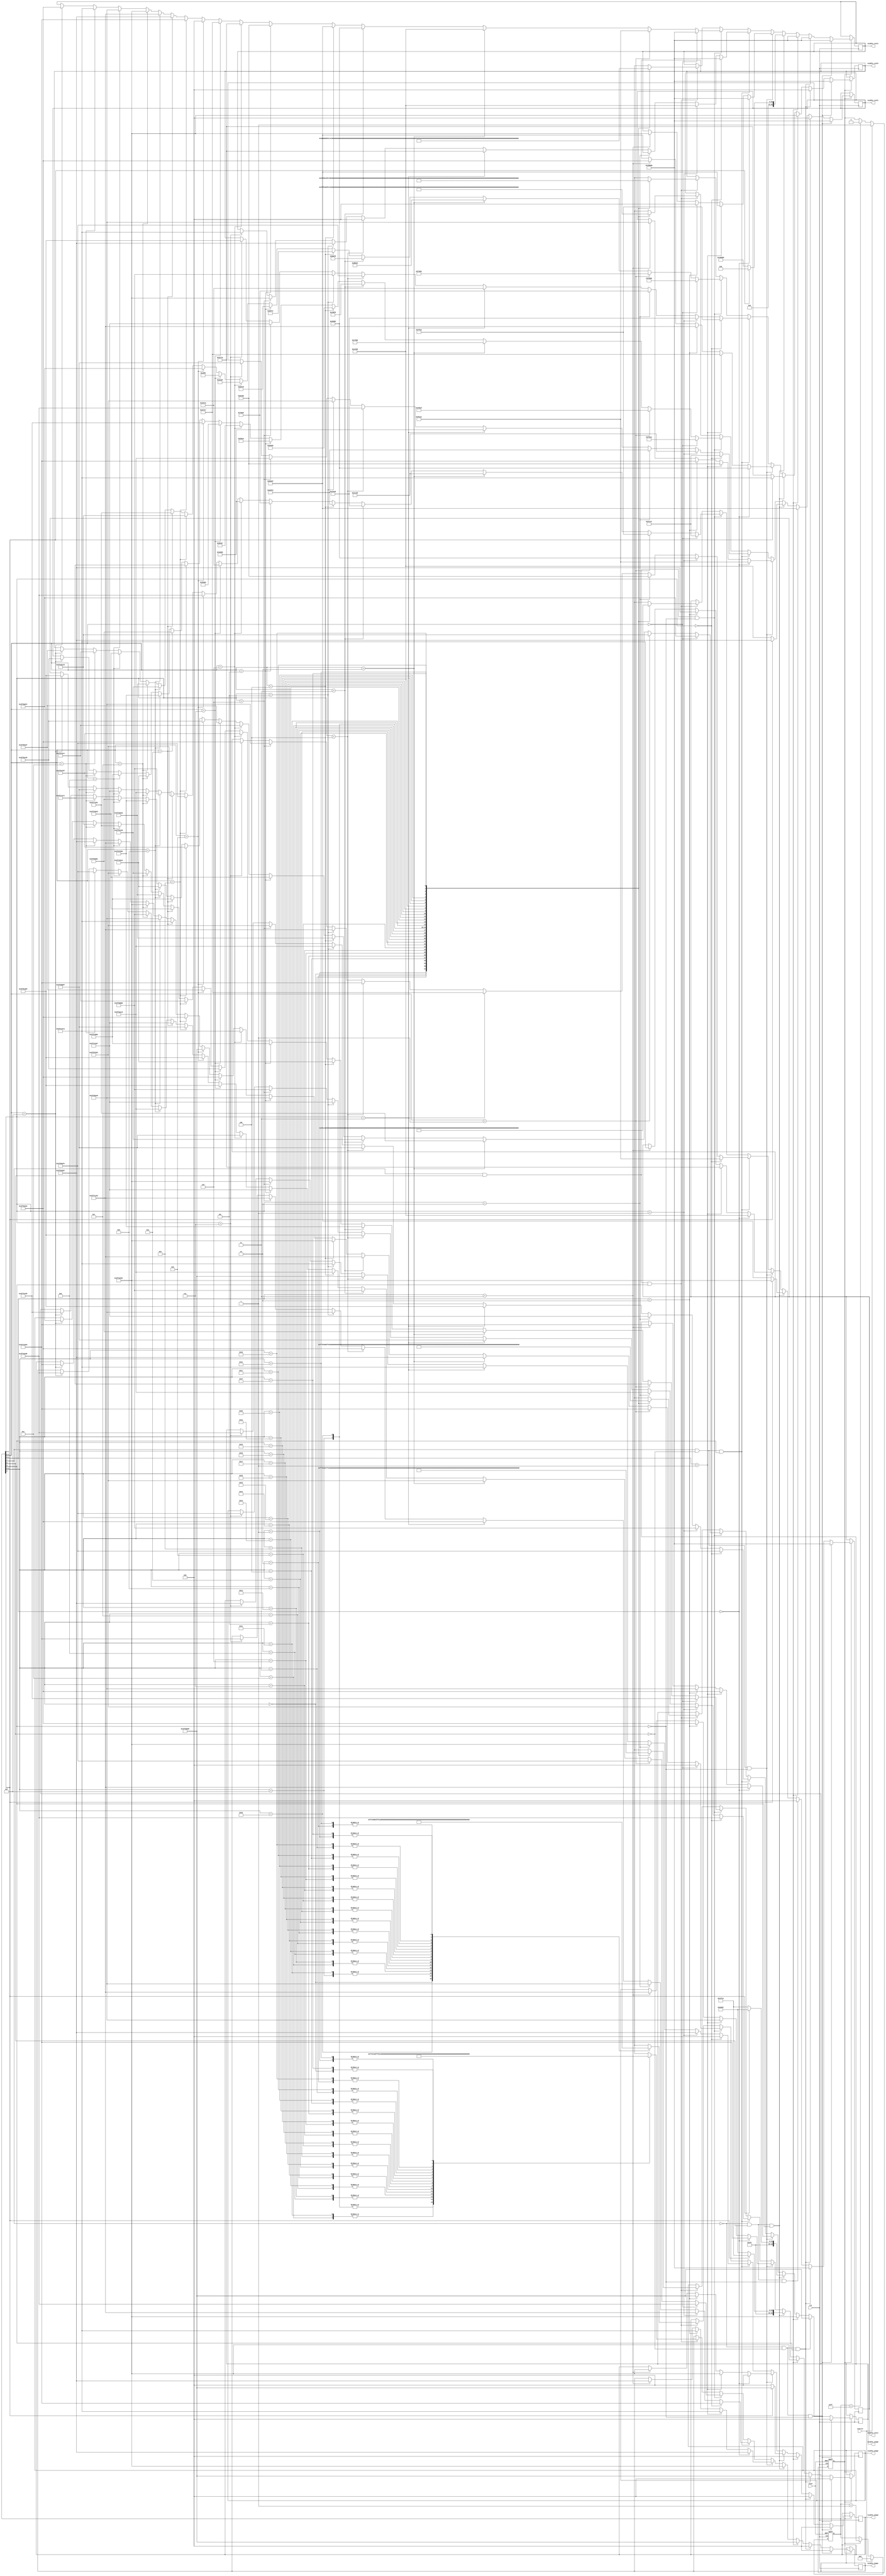
module twiddle_engine(twiddle_real3,twiddle_real2,twiddle_real1,twiddle_real0,twiddle_imag3,twiddle_imag2,twiddle_imag1,twiddle_imag0,clk,reset,startin);
parameter totalbits=30;
input clk,reset,startin;
output reg signed [totalbits-1:0]twiddle_real3,twiddle_real2,twiddle_real1,twiddle_real0,twiddle_imag3,twiddle_imag2,twiddle_imag1,twiddle_imag0;
reg en;
reg [7:0]count;
reg signed [totalbits-1:0]twiddle_real_in[0:127];
reg signed [totalbits-1:0]twiddle_imag_in[0:127];

//Enabling signal for startin=1 and disabling it after 256 clk cycles
always@(posedge clk or posedge reset) begin
if(reset) en<=1'b0;
else if(startin==1) en<=1'b1;
else if(count==8'd255) en<=1'b0;
else en<=en;
end

//Counter for disabling after 256 clk cycles
always@(posedge clk or posedge reset) begin
if(reset) count<=8'd0;
else if(startin) count<= 8'd0;
else begin if(en) count <= count+1'b1;
	   else   count<=count;  end
end

always@(posedge clk) begin
if (en) begin
if((!count[7])&&(!count[6])&&(!count[5])) begin
twiddle_real3<=twiddle_real_in[0]; twiddle_real2<=twiddle_real_in[0]; twiddle_real1<=twiddle_real_in[0]; twiddle_real0<=twiddle_real_in[0]; 
twiddle_imag3<=twiddle_imag_in[0]; twiddle_imag2<=twiddle_imag_in[0]; twiddle_imag1<=twiddle_imag_in[0]; twiddle_imag0<=twiddle_imag_in[0];
end //end for 000
 
else if((!count[7])&&(!count[6])&&(count[5])) begin
twiddle_real3<=twiddle_real_in[0]; twiddle_real2<=twiddle_real_in[64]; twiddle_real1<=twiddle_real_in[0]; twiddle_real0<=twiddle_real_in[64]; 
twiddle_imag3<=twiddle_imag_in[0]; twiddle_imag2<=twiddle_imag_in[64]; twiddle_imag1<=twiddle_imag_in[0]; twiddle_imag0<=twiddle_imag_in[64];
end //end for 001

else if((!count[7])&&(count[6])&&(!count[5])) begin
twiddle_real3<=twiddle_real_in[0]; twiddle_real2<=twiddle_real_in[32]; twiddle_real1<=twiddle_real_in[64]; twiddle_real0<=twiddle_real_in[96]; 
twiddle_imag3<=twiddle_imag_in[0]; twiddle_imag2<=twiddle_imag_in[32]; twiddle_imag1<=twiddle_imag_in[64]; twiddle_imag0<=twiddle_imag_in[96];
end //end for 010

else if((!count[7])&&(count[6])&&(count[5])) begin

if(count[0]==0) begin
twiddle_real3<=twiddle_real_in[0]; twiddle_real2<=twiddle_real_in[16]; twiddle_real1<=twiddle_real_in[32]; twiddle_real0<=twiddle_real_in[48]; 
twiddle_imag3<=twiddle_imag_in[0]; twiddle_imag2<=twiddle_imag_in[16]; twiddle_imag1<=twiddle_imag_in[32]; twiddle_imag0<=twiddle_imag_in[48];
end// end for even terms

if(count[0]==1) begin
twiddle_real3<=twiddle_real_in[64]; twiddle_real2<=twiddle_real_in[80]; twiddle_real1<=twiddle_real_in[96]; twiddle_real0<=twiddle_real_in[112]; 
twiddle_imag3<=twiddle_imag_in[64]; twiddle_imag2<=twiddle_imag_in[80]; twiddle_imag1<=twiddle_imag_in[96]; twiddle_imag0<=twiddle_imag_in[112];
end// end for odd terms

end //end for 011

else if((count[7])&&(!count[6])&&(!count[5])) begin

if(count[1:0]==2'b00) begin
twiddle_real3<=twiddle_real_in[0]; twiddle_real2<=twiddle_real_in[8]; twiddle_real1<=twiddle_real_in[16]; twiddle_real0<=twiddle_real_in[24]; 
twiddle_imag3<=twiddle_imag_in[0]; twiddle_imag2<=twiddle_imag_in[8]; twiddle_imag1<=twiddle_imag_in[16]; twiddle_imag0<=twiddle_imag_in[24];
end// end for 00

else if(count[1:0]==2'b01) begin
twiddle_real3<=twiddle_real_in[32]; twiddle_real2<=twiddle_real_in[40]; twiddle_real1<=twiddle_real_in[48]; twiddle_real0<=twiddle_real_in[56]; 
twiddle_imag3<=twiddle_imag_in[32]; twiddle_imag2<=twiddle_imag_in[40]; twiddle_imag1<=twiddle_imag_in[48]; twiddle_imag0<=twiddle_imag_in[56];
end// end for 01

else if(count[1:0]==2'b10) begin
twiddle_real3<=twiddle_real_in[64]; twiddle_real2<=twiddle_real_in[72]; twiddle_real1<=twiddle_real_in[80]; twiddle_real0<=twiddle_real_in[88]; 
twiddle_imag3<=twiddle_imag_in[64]; twiddle_imag2<=twiddle_imag_in[72]; twiddle_imag1<=twiddle_imag_in[80]; twiddle_imag0<=twiddle_imag_in[88];
end// end for 10

else if(count[1:0]==2'b11) begin
twiddle_real3<=twiddle_real_in[96]; twiddle_real2<=twiddle_real_in[104]; twiddle_real1<=twiddle_real_in[112]; twiddle_real0<=twiddle_real_in[120]; 
twiddle_imag3<=twiddle_imag_in[96]; twiddle_imag2<=twiddle_imag_in[104]; twiddle_imag1<=twiddle_imag_in[112]; twiddle_imag0<=twiddle_imag_in[120];
end// end for 11
end //end for 100

else if((count[7])&&(!count[6])&&(count[5])) begin

if(count[2:0]==3'b000) begin
twiddle_real3<=twiddle_real_in[0]; twiddle_real2<=twiddle_real_in[4]; twiddle_real1<=twiddle_real_in[8]; twiddle_real0<=twiddle_real_in[12]; 
twiddle_imag3<=twiddle_imag_in[0]; twiddle_imag2<=twiddle_imag_in[4]; twiddle_imag1<=twiddle_imag_in[8]; twiddle_imag0<=twiddle_imag_in[12];
end// end for 000

else if(count[2:0]==3'b001) begin
twiddle_real3<=twiddle_real_in[16]; twiddle_real2<=twiddle_real_in[20]; twiddle_real1<=twiddle_real_in[24]; twiddle_real0<=twiddle_real_in[28]; 
twiddle_imag3<=twiddle_imag_in[16]; twiddle_imag2<=twiddle_imag_in[20]; twiddle_imag1<=twiddle_imag_in[24]; twiddle_imag0<=twiddle_imag_in[28];
end// end for 001

else if(count[2:0]==3'b010) begin
twiddle_real3<=twiddle_real_in[32]; twiddle_real2<=twiddle_real_in[36]; twiddle_real1<=twiddle_real_in[40]; twiddle_real0<=twiddle_real_in[44]; 
twiddle_imag3<=twiddle_imag_in[32]; twiddle_imag2<=twiddle_imag_in[36]; twiddle_imag1<=twiddle_imag_in[40]; twiddle_imag0<=twiddle_imag_in[44];
end// end for 010

else if(count[2:0]==3'b011) begin
twiddle_real3<=twiddle_real_in[48]; twiddle_real2<=twiddle_real_in[52]; twiddle_real1<=twiddle_real_in[56]; twiddle_real0<=twiddle_real_in[60]; 
twiddle_imag3<=twiddle_imag_in[48]; twiddle_imag2<=twiddle_imag_in[52]; twiddle_imag1<=twiddle_imag_in[56]; twiddle_imag0<=twiddle_imag_in[60];
end// end for 011

else if(count[2:0]==3'b100) begin
twiddle_real3<=twiddle_real_in[64]; twiddle_real2<=twiddle_real_in[68]; twiddle_real1<=twiddle_real_in[72]; twiddle_real0<=twiddle_real_in[76]; 
twiddle_imag3<=twiddle_imag_in[64]; twiddle_imag2<=twiddle_imag_in[68]; twiddle_imag1<=twiddle_imag_in[72]; twiddle_imag0<=twiddle_imag_in[76];
end// end for 100

else if(count[2:0]==3'b101) begin
twiddle_real3<=twiddle_real_in[80]; twiddle_real2<=twiddle_real_in[84]; twiddle_real1<=twiddle_real_in[88]; twiddle_real0<=twiddle_real_in[92]; 
twiddle_imag3<=twiddle_imag_in[80]; twiddle_imag2<=twiddle_imag_in[84]; twiddle_imag1<=twiddle_imag_in[88]; twiddle_imag0<=twiddle_imag_in[92];
end// end for 101

else if(count[2:0]==3'b110) begin
twiddle_real3<=twiddle_real_in[96]; twiddle_real2<=twiddle_real_in[100]; twiddle_real1<=twiddle_real_in[104]; twiddle_real0<=twiddle_real_in[108]; 
twiddle_imag3<=twiddle_imag_in[96]; twiddle_imag2<=twiddle_imag_in[100]; twiddle_imag1<=twiddle_imag_in[104]; twiddle_imag0<=twiddle_imag_in[108];
end// end for 110

else if(count[2:0]==3'b111) begin
twiddle_real3<=twiddle_real_in[112]; twiddle_real2<=twiddle_real_in[116]; twiddle_real1<=twiddle_real_in[120]; twiddle_real0<=twiddle_real_in[124]; 
twiddle_imag3<=twiddle_imag_in[112]; twiddle_imag2<=twiddle_imag_in[116]; twiddle_imag1<=twiddle_imag_in[120]; twiddle_imag0<=twiddle_imag_in[124];
end// end for 111
end //end for 101

else if((count[7])&&(count[6])&&(!count[5])) begin

if(count[3:0]==4'b0000) begin
twiddle_real3<=twiddle_real_in[0]; twiddle_real2<=twiddle_real_in[2]; twiddle_real1<=twiddle_real_in[4]; twiddle_real0<=twiddle_real_in[6]; 
twiddle_imag3<=twiddle_imag_in[0]; twiddle_imag2<=twiddle_imag_in[2]; twiddle_imag1<=twiddle_imag_in[4]; twiddle_imag0<=twiddle_imag_in[6];
end// end for 0000

else if(count[3:0]==4'b0001) begin
twiddle_real3<=twiddle_real_in[8]; twiddle_real2<=twiddle_real_in[10]; twiddle_real1<=twiddle_real_in[12]; twiddle_real0<=twiddle_real_in[14]; 
twiddle_imag3<=twiddle_imag_in[8]; twiddle_imag2<=twiddle_imag_in[10]; twiddle_imag1<=twiddle_imag_in[12]; twiddle_imag0<=twiddle_imag_in[14];
end// end for 0001

else if(count[3:0]==4'b0010) begin
twiddle_real3<=twiddle_real_in[16]; twiddle_real2<=twiddle_real_in[18]; twiddle_real1<=twiddle_real_in[20]; twiddle_real0<=twiddle_real_in[22]; 
twiddle_imag3<=twiddle_imag_in[16]; twiddle_imag2<=twiddle_imag_in[18]; twiddle_imag1<=twiddle_imag_in[20]; twiddle_imag0<=twiddle_imag_in[22];
end// end for 0010

else if(count[3:0]==4'b0011) begin
twiddle_real3<=twiddle_real_in[24]; twiddle_real2<=twiddle_real_in[26]; twiddle_real1<=twiddle_real_in[28]; twiddle_real0<=twiddle_real_in[30]; 
twiddle_imag3<=twiddle_imag_in[24]; twiddle_imag2<=twiddle_imag_in[26]; twiddle_imag1<=twiddle_imag_in[28]; twiddle_imag0<=twiddle_imag_in[30];
end// end for 0011

else if(count[3:0]==4'b0100) begin
twiddle_real3<=twiddle_real_in[32]; twiddle_real2<=twiddle_real_in[34]; twiddle_real1<=twiddle_real_in[36]; twiddle_real0<=twiddle_real_in[38]; 
twiddle_imag3<=twiddle_imag_in[32]; twiddle_imag2<=twiddle_imag_in[34]; twiddle_imag1<=twiddle_imag_in[36]; twiddle_imag0<=twiddle_imag_in[38];
end// end for 0100

else if(count[3:0]==4'b0101) begin
twiddle_real3<=twiddle_real_in[40]; twiddle_real2<=twiddle_real_in[42]; twiddle_real1<=twiddle_real_in[44]; twiddle_real0<=twiddle_real_in[46]; 
twiddle_imag3<=twiddle_imag_in[40]; twiddle_imag2<=twiddle_imag_in[42]; twiddle_imag1<=twiddle_imag_in[44]; twiddle_imag0<=twiddle_imag_in[46];
end// end for 0101

else if(count[3:0]==4'b0110) begin
twiddle_real3<=twiddle_real_in[48]; twiddle_real2<=twiddle_real_in[50]; twiddle_real1<=twiddle_real_in[52]; twiddle_real0<=twiddle_real_in[54]; 
twiddle_imag3<=twiddle_imag_in[48]; twiddle_imag2<=twiddle_imag_in[50]; twiddle_imag1<=twiddle_imag_in[52]; twiddle_imag0<=twiddle_imag_in[54];
end// end for 0110

else if(count[3:0]==4'b0111) begin
twiddle_real3<=twiddle_real_in[56]; twiddle_real2<=twiddle_real_in[58]; twiddle_real1<=twiddle_real_in[60]; twiddle_real0<=twiddle_real_in[62]; 
twiddle_imag3<=twiddle_imag_in[56]; twiddle_imag2<=twiddle_imag_in[58]; twiddle_imag1<=twiddle_imag_in[60]; twiddle_imag0<=twiddle_imag_in[62];
end// end for 0111

else if(count[3:0]==4'b1000) begin
twiddle_real3<=twiddle_real_in[64]; twiddle_real2<=twiddle_real_in[66]; twiddle_real1<=twiddle_real_in[68]; twiddle_real0<=twiddle_real_in[70]; 
twiddle_imag3<=twiddle_imag_in[64]; twiddle_imag2<=twiddle_imag_in[66]; twiddle_imag1<=twiddle_imag_in[68]; twiddle_imag0<=twiddle_imag_in[70];
end// end for 1000

else if(count[3:0]==4'b1001) begin
twiddle_real3<=twiddle_real_in[72]; twiddle_real2<=twiddle_real_in[74]; twiddle_real1<=twiddle_real_in[76]; twiddle_real0<=twiddle_real_in[78]; 
twiddle_imag3<=twiddle_imag_in[72]; twiddle_imag2<=twiddle_imag_in[74]; twiddle_imag1<=twiddle_imag_in[76]; twiddle_imag0<=twiddle_imag_in[78];
end// end for 1001

else if(count[3:0]==4'b1010) begin
twiddle_real3<=twiddle_real_in[80]; twiddle_real2<=twiddle_real_in[82]; twiddle_real1<=twiddle_real_in[84]; twiddle_real0<=twiddle_real_in[86]; 
twiddle_imag3<=twiddle_imag_in[80]; twiddle_imag2<=twiddle_imag_in[82]; twiddle_imag1<=twiddle_imag_in[84]; twiddle_imag0<=twiddle_imag_in[86];
end// end for 1010

else if(count[3:0]==4'b1011) begin
twiddle_real3<=twiddle_real_in[88]; twiddle_real2<=twiddle_real_in[90]; twiddle_real1<=twiddle_real_in[92]; twiddle_real0<=twiddle_real_in[94]; 
twiddle_imag3<=twiddle_imag_in[88]; twiddle_imag2<=twiddle_imag_in[90]; twiddle_imag1<=twiddle_imag_in[92]; twiddle_imag0<=twiddle_imag_in[94];
end// end for 1011

else if(count[3:0]==4'b1100) begin
twiddle_real3<=twiddle_real_in[96]; twiddle_real2<=twiddle_real_in[98]; twiddle_real1<=twiddle_real_in[100]; twiddle_real0<=twiddle_real_in[102]; 
twiddle_imag3<=twiddle_imag_in[96]; twiddle_imag2<=twiddle_imag_in[98]; twiddle_imag1<=twiddle_imag_in[100]; twiddle_imag0<=twiddle_imag_in[102];
end// end for 1100

else if(count[3:0]==4'b1101) begin
twiddle_real3<=twiddle_real_in[104]; twiddle_real2<=twiddle_real_in[106]; twiddle_real1<=twiddle_real_in[108]; twiddle_real0<=twiddle_real_in[110]; 
twiddle_imag3<=twiddle_imag_in[104]; twiddle_imag2<=twiddle_imag_in[106]; twiddle_imag1<=twiddle_imag_in[108]; twiddle_imag0<=twiddle_imag_in[110];
end// end for 1101

else if(count[3:0]==4'b1110) begin
twiddle_real3<=twiddle_real_in[112]; twiddle_real2<=twiddle_real_in[114]; twiddle_real1<=twiddle_real_in[116]; twiddle_real0<=twiddle_real_in[118]; 
twiddle_imag3<=twiddle_imag_in[112]; twiddle_imag2<=twiddle_imag_in[114]; twiddle_imag1<=twiddle_imag_in[116]; twiddle_imag0<=twiddle_imag_in[118];
end// end for 1110

else if(count[3:0]==4'b1111) begin
twiddle_real3<=twiddle_real_in[120]; twiddle_real2<=twiddle_real_in[122]; twiddle_real1<=twiddle_real_in[124]; twiddle_real0<=twiddle_real_in[126]; 
twiddle_imag3<=twiddle_imag_in[120]; twiddle_imag2<=twiddle_imag_in[122]; twiddle_imag1<=twiddle_imag_in[124]; twiddle_imag0<=twiddle_imag_in[126];
end// end for 1111

end //end for 110

else if((count[7])&&(count[6])&&(count[5])) begin
case (count[4:0])
5'd0: begin twiddle_real3<=twiddle_real_in[0]; twiddle_real2<=twiddle_real_in[1]; twiddle_real1<=twiddle_real_in[2]; twiddle_real0<=twiddle_real_in[3];
	    twiddle_imag3<=twiddle_imag_in[0]; twiddle_imag2<=twiddle_imag_in[1]; twiddle_imag1<=twiddle_imag_in[2]; twiddle_imag0<=twiddle_imag_in[3];
      end
5'd1: begin twiddle_real3<=twiddle_real_in[4]; twiddle_real2<=twiddle_real_in[5]; twiddle_real1<=twiddle_real_in[6]; twiddle_real0<=twiddle_real_in[7];
	    twiddle_imag3<=twiddle_imag_in[4]; twiddle_imag2<=twiddle_imag_in[5]; twiddle_imag1<=twiddle_imag_in[6]; twiddle_imag0<=twiddle_imag_in[7];
      end
5'd2: begin twiddle_real3<=twiddle_real_in[8]; twiddle_real2<=twiddle_real_in[9]; twiddle_real1<=twiddle_real_in[10]; twiddle_real0<=twiddle_real_in[11];
	    twiddle_imag3<=twiddle_imag_in[8]; twiddle_imag2<=twiddle_imag_in[9]; twiddle_imag1<=twiddle_imag_in[10]; twiddle_imag0<=twiddle_imag_in[11];
      end
5'd3: begin twiddle_real3<=twiddle_real_in[12]; twiddle_real2<=twiddle_real_in[13]; twiddle_real1<=twiddle_real_in[14]; twiddle_real0<=twiddle_real_in[15];
	    twiddle_imag3<=twiddle_imag_in[12]; twiddle_imag2<=twiddle_imag_in[13]; twiddle_imag1<=twiddle_imag_in[14]; twiddle_imag0<=twiddle_imag_in[15];
      end
5'd4: begin twiddle_real3<=twiddle_real_in[16]; twiddle_real2<=twiddle_real_in[17]; twiddle_real1<=twiddle_real_in[18]; twiddle_real0<=twiddle_real_in[19];
	    twiddle_imag3<=twiddle_imag_in[16]; twiddle_imag2<=twiddle_imag_in[17]; twiddle_imag1<=twiddle_imag_in[18]; twiddle_imag0<=twiddle_imag_in[19];
      end
5'd5: begin twiddle_real3<=twiddle_real_in[20]; twiddle_real2<=twiddle_real_in[21]; twiddle_real1<=twiddle_real_in[22]; twiddle_real0<=twiddle_real_in[23];
	    twiddle_imag3<=twiddle_imag_in[20]; twiddle_imag2<=twiddle_imag_in[21]; twiddle_imag1<=twiddle_imag_in[22]; twiddle_imag0<=twiddle_imag_in[23];
      end
5'd6: begin twiddle_real3<=twiddle_real_in[24]; twiddle_real2<=twiddle_real_in[25]; twiddle_real1<=twiddle_real_in[26]; twiddle_real0<=twiddle_real_in[27];
	    twiddle_imag3<=twiddle_imag_in[24]; twiddle_imag2<=twiddle_imag_in[25]; twiddle_imag1<=twiddle_imag_in[26]; twiddle_imag0<=twiddle_imag_in[27];
      end
5'd7: begin twiddle_real3<=twiddle_real_in[28]; twiddle_real2<=twiddle_real_in[29]; twiddle_real1<=twiddle_real_in[30]; twiddle_real0<=twiddle_real_in[31];
	    twiddle_imag3<=twiddle_imag_in[28]; twiddle_imag2<=twiddle_imag_in[29]; twiddle_imag1<=twiddle_imag_in[30]; twiddle_imag0<=twiddle_imag_in[31];
      end
5'd8: begin twiddle_real3<=twiddle_real_in[32]; twiddle_real2<=twiddle_real_in[33]; twiddle_real1<=twiddle_real_in[34]; twiddle_real0<=twiddle_real_in[35];
	    twiddle_imag3<=twiddle_imag_in[32]; twiddle_imag2<=twiddle_imag_in[33]; twiddle_imag1<=twiddle_imag_in[34]; twiddle_imag0<=twiddle_imag_in[35];
      end
5'd9: begin twiddle_real3<=twiddle_real_in[36]; twiddle_real2<=twiddle_real_in[37]; twiddle_real1<=twiddle_real_in[38]; twiddle_real0<=twiddle_real_in[39];
	    twiddle_imag3<=twiddle_imag_in[36]; twiddle_imag2<=twiddle_imag_in[37]; twiddle_imag1<=twiddle_imag_in[38]; twiddle_imag0<=twiddle_imag_in[39];
      end
5'd10: begin twiddle_real3<=twiddle_real_in[40]; twiddle_real2<=twiddle_real_in[41]; twiddle_real1<=twiddle_real_in[42]; twiddle_real0<=twiddle_real_in[43];
	    twiddle_imag3<=twiddle_imag_in[40]; twiddle_imag2<=twiddle_imag_in[41]; twiddle_imag1<=twiddle_imag_in[42]; twiddle_imag0<=twiddle_imag_in[43];
      end
5'd11: begin twiddle_real3<=twiddle_real_in[44]; twiddle_real2<=twiddle_real_in[45]; twiddle_real1<=twiddle_real_in[46]; twiddle_real0<=twiddle_real_in[47];
	    twiddle_imag3<=twiddle_imag_in[44]; twiddle_imag2<=twiddle_imag_in[45]; twiddle_imag1<=twiddle_imag_in[46]; twiddle_imag0<=twiddle_imag_in[47];
      end
5'd12: begin twiddle_real3<=twiddle_real_in[48]; twiddle_real2<=twiddle_real_in[49]; twiddle_real1<=twiddle_real_in[50]; twiddle_real0<=twiddle_real_in[51];
	    twiddle_imag3<=twiddle_imag_in[48]; twiddle_imag2<=twiddle_imag_in[49]; twiddle_imag1<=twiddle_imag_in[50]; twiddle_imag0<=twiddle_imag_in[51];
      end
5'd13: begin twiddle_real3<=twiddle_real_in[52]; twiddle_real2<=twiddle_real_in[53]; twiddle_real1<=twiddle_real_in[54]; twiddle_real0<=twiddle_real_in[55];
	    twiddle_imag3<=twiddle_imag_in[52]; twiddle_imag2<=twiddle_imag_in[53]; twiddle_imag1<=twiddle_imag_in[54]; twiddle_imag0<=twiddle_imag_in[55];
      end
5'd14: begin twiddle_real3<=twiddle_real_in[56]; twiddle_real2<=twiddle_real_in[57]; twiddle_real1<=twiddle_real_in[58]; twiddle_real0<=twiddle_real_in[59];
	    twiddle_imag3<=twiddle_imag_in[56]; twiddle_imag2<=twiddle_imag_in[57]; twiddle_imag1<=twiddle_imag_in[58]; twiddle_imag0<=twiddle_imag_in[59];
      end
5'd15: begin twiddle_real3<=twiddle_real_in[60]; twiddle_real2<=twiddle_real_in[61]; twiddle_real1<=twiddle_real_in[62]; twiddle_real0<=twiddle_real_in[63];
	    twiddle_imag3<=twiddle_imag_in[60]; twiddle_imag2<=twiddle_imag_in[61]; twiddle_imag1<=twiddle_imag_in[62]; twiddle_imag0<=twiddle_imag_in[63];
      end
5'd16: begin twiddle_real3<=twiddle_real_in[64]; twiddle_real2<=twiddle_real_in[65]; twiddle_real1<=twiddle_real_in[66]; twiddle_real0<=twiddle_real_in[67];
	    twiddle_imag3<=twiddle_imag_in[64]; twiddle_imag2<=twiddle_imag_in[65]; twiddle_imag1<=twiddle_imag_in[66]; twiddle_imag0<=twiddle_imag_in[67];
      end
5'd17: begin twiddle_real3<=twiddle_real_in[68]; twiddle_real2<=twiddle_real_in[69]; twiddle_real1<=twiddle_real_in[70]; twiddle_real0<=twiddle_real_in[71];
	    twiddle_imag3<=twiddle_imag_in[68]; twiddle_imag2<=twiddle_imag_in[69]; twiddle_imag1<=twiddle_imag_in[70]; twiddle_imag0<=twiddle_imag_in[71];
      end
5'd18: begin twiddle_real3<=twiddle_real_in[72]; twiddle_real2<=twiddle_real_in[73]; twiddle_real1<=twiddle_real_in[74]; twiddle_real0<=twiddle_real_in[75];
	    twiddle_imag3<=twiddle_imag_in[72]; twiddle_imag2<=twiddle_imag_in[73]; twiddle_imag1<=twiddle_imag_in[74]; twiddle_imag0<=twiddle_imag_in[75];
      end
5'd19: begin twiddle_real3<=twiddle_real_in[76]; twiddle_real2<=twiddle_real_in[77]; twiddle_real1<=twiddle_real_in[78]; twiddle_real0<=twiddle_real_in[79];
	    twiddle_imag3<=twiddle_imag_in[76]; twiddle_imag2<=twiddle_imag_in[77]; twiddle_imag1<=twiddle_imag_in[78]; twiddle_imag0<=twiddle_imag_in[79];
      end
5'd20: begin twiddle_real3<=twiddle_real_in[80]; twiddle_real2<=twiddle_real_in[81]; twiddle_real1<=twiddle_real_in[82]; twiddle_real0<=twiddle_real_in[83];
	    twiddle_imag3<=twiddle_imag_in[80]; twiddle_imag2<=twiddle_imag_in[81]; twiddle_imag1<=twiddle_imag_in[82]; twiddle_imag0<=twiddle_imag_in[83];
      end
5'd21: begin twiddle_real3<=twiddle_real_in[84]; twiddle_real2<=twiddle_real_in[85]; twiddle_real1<=twiddle_real_in[86]; twiddle_real0<=twiddle_real_in[87];
	    twiddle_imag3<=twiddle_imag_in[84]; twiddle_imag2<=twiddle_imag_in[85]; twiddle_imag1<=twiddle_imag_in[86]; twiddle_imag0<=twiddle_imag_in[87];
      end
5'd22: begin twiddle_real3<=twiddle_real_in[88]; twiddle_real2<=twiddle_real_in[89]; twiddle_real1<=twiddle_real_in[90]; twiddle_real0<=twiddle_real_in[91];
	    twiddle_imag3<=twiddle_imag_in[88]; twiddle_imag2<=twiddle_imag_in[89]; twiddle_imag1<=twiddle_imag_in[90]; twiddle_imag0<=twiddle_imag_in[91];
      end
5'd23: begin twiddle_real3<=twiddle_real_in[92]; twiddle_real2<=twiddle_real_in[93]; twiddle_real1<=twiddle_real_in[94]; twiddle_real0<=twiddle_real_in[95];
	    twiddle_imag3<=twiddle_imag_in[92]; twiddle_imag2<=twiddle_imag_in[93]; twiddle_imag1<=twiddle_imag_in[94]; twiddle_imag0<=twiddle_imag_in[95];
      end
5'd24: begin twiddle_real3<=twiddle_real_in[96]; twiddle_real2<=twiddle_real_in[97]; twiddle_real1<=twiddle_real_in[98]; twiddle_real0<=twiddle_real_in[99];
	    twiddle_imag3<=twiddle_imag_in[96]; twiddle_imag2<=twiddle_imag_in[97]; twiddle_imag1<=twiddle_imag_in[98]; twiddle_imag0<=twiddle_imag_in[99];
      end
5'd25: begin twiddle_real3<=twiddle_real_in[100]; twiddle_real2<=twiddle_real_in[101]; twiddle_real1<=twiddle_real_in[102]; twiddle_real0<=twiddle_real_in[103];
	    twiddle_imag3<=twiddle_imag_in[100]; twiddle_imag2<=twiddle_imag_in[101]; twiddle_imag1<=twiddle_imag_in[102]; twiddle_imag0<=twiddle_imag_in[103];
      end
5'd26: begin twiddle_real3<=twiddle_real_in[104]; twiddle_real2<=twiddle_real_in[105]; twiddle_real1<=twiddle_real_in[106]; twiddle_real0<=twiddle_real_in[107];
	    twiddle_imag3<=twiddle_imag_in[104]; twiddle_imag2<=twiddle_imag_in[105]; twiddle_imag1<=twiddle_imag_in[106]; twiddle_imag0<=twiddle_imag_in[107];
      end
5'd27: begin twiddle_real3<=twiddle_real_in[108]; twiddle_real2<=twiddle_real_in[109]; twiddle_real1<=twiddle_real_in[110]; twiddle_real0<=twiddle_real_in[111];
	    twiddle_imag3<=twiddle_imag_in[108]; twiddle_imag2<=twiddle_imag_in[109]; twiddle_imag1<=twiddle_imag_in[110]; twiddle_imag0<=twiddle_imag_in[111];
      end
5'd28: begin twiddle_real3<=twiddle_real_in[112]; twiddle_real2<=twiddle_real_in[113]; twiddle_real1<=twiddle_real_in[114]; twiddle_real0<=twiddle_real_in[115];
	    twiddle_imag3<=twiddle_imag_in[112]; twiddle_imag2<=twiddle_imag_in[113]; twiddle_imag1<=twiddle_imag_in[114]; twiddle_imag0<=twiddle_imag_in[115];
      end
5'd29: begin twiddle_real3<=twiddle_real_in[116]; twiddle_real2<=twiddle_real_in[117]; twiddle_real1<=twiddle_real_in[118]; twiddle_real0<=twiddle_real_in[119];
	    twiddle_imag3<=twiddle_imag_in[116]; twiddle_imag2<=twiddle_imag_in[117]; twiddle_imag1<=twiddle_imag_in[118]; twiddle_imag0<=twiddle_imag_in[119];
      end
5'd30: begin twiddle_real3<=twiddle_real_in[120]; twiddle_real2<=twiddle_real_in[121]; twiddle_real1<=twiddle_real_in[122]; twiddle_real0<=twiddle_real_in[123];
	    twiddle_imag3<=twiddle_imag_in[120]; twiddle_imag2<=twiddle_imag_in[121]; twiddle_imag1<=twiddle_imag_in[122]; twiddle_imag0<=twiddle_imag_in[123];
      end
5'd31: begin twiddle_real3<=twiddle_real_in[124]; twiddle_real2<=twiddle_real_in[125]; twiddle_real1<=twiddle_real_in[126]; twiddle_real0<=twiddle_real_in[127];
	    twiddle_imag3<=twiddle_imag_in[124]; twiddle_imag2<=twiddle_imag_in[125]; twiddle_imag1<=twiddle_imag_in[126]; twiddle_imag0<=twiddle_imag_in[127];
      end
endcase
end //end for 111
end //end if en

else begin 
twiddle_real3<=twiddle_real3; twiddle_real2<=twiddle_real2; twiddle_real1<=twiddle_real1; twiddle_real0<=twiddle_real0; 
twiddle_imag3<=twiddle_imag3; twiddle_imag2<=twiddle_imag2; twiddle_imag1<=twiddle_imag1; twiddle_imag0<=twiddle_imag0;
end //else

end // for always block

always@(*) begin
if (en) begin

twiddle_real_in[0]=30'd1048576;
twiddle_real_in[1]=30'd1048260;
twiddle_real_in[2]=30'd1047313;
twiddle_real_in[3]=30'd1045735;
twiddle_real_in[4]=30'd1043527;
twiddle_real_in[5]=30'd1040690;
twiddle_real_in[6]=30'd1037227;
twiddle_real_in[7]=30'd1033138;
twiddle_real_in[8]=30'd1028428;
twiddle_real_in[9]=30'd1023098;
twiddle_real_in[10]=30'd1017151  ;
twiddle_real_in[11]=30'd1010592  ;
twiddle_real_in[12]=30'd1003425  ;
twiddle_real_in[13]=30'd995652   ;
twiddle_real_in[14]=30'd987281   ;
twiddle_real_in[15]=30'd978314   ;
twiddle_real_in[16]=30'd968758   ;
twiddle_real_in[17]=30'd958618   ;
twiddle_real_in[18]=30'd947901   ;
twiddle_real_in[19]=30'd936614   ;
twiddle_real_in[20]=30'd924761   ;
twiddle_real_in[21]=30'd912352   ;
twiddle_real_in[22]=30'd899394   ;
twiddle_real_in[23]=30'd885893   ;
twiddle_real_in[24]=30'd871859   ;
twiddle_real_in[25]=30'd857300   ;
twiddle_real_in[26]=30'd842224   ;
twiddle_real_in[27]=30'd826641   ;
twiddle_real_in[28]=30'd810560   ;
twiddle_real_in[29]=30'd793991   ;
twiddle_real_in[30]=30'd776944   ;
twiddle_real_in[31]=30'd759428   ;
twiddle_real_in[32]=30'd741455   ;
twiddle_real_in[33]=30'd723036   ;
twiddle_real_in[34]=30'd704181   ;
twiddle_real_in[35]=30'd684901   ;
twiddle_real_in[36]=30'd665210   ;
twiddle_real_in[37]=30'd645117   ;
twiddle_real_in[38]=30'd624636   ;
twiddle_real_in[39]=30'd603779   ;
twiddle_real_in[40]=30'd582558   ;
twiddle_real_in[41]=30'd560986   ;
twiddle_real_in[42]=30'd539076   ;
twiddle_real_in[43]=30'd516841   ;
twiddle_real_in[44]=30'd494295   ;
twiddle_real_in[45]=30'd471452   ;
twiddle_real_in[46]=30'd448324   ;
twiddle_real_in[47]=30'd424926   ;
twiddle_real_in[48]=30'd401273   ;
twiddle_real_in[49]=30'd377377   ;
twiddle_real_in[50]=30'd353255   ;
twiddle_real_in[51]=30'd328919   ;
twiddle_real_in[52]=30'd304386   ;
twiddle_real_in[53]=30'd279669   ;
twiddle_real_in[54]=30'd254783   ;
twiddle_real_in[55]=30'd229744   ;
twiddle_real_in[56]=30'd204567   ;
twiddle_real_in[57]=30'd179267   ;
twiddle_real_in[58]=30'd153858   ;
twiddle_real_in[59]=30'd128357   ;
twiddle_real_in[60]=30'd102778   ;
twiddle_real_in[61]=30'd77138    ;
twiddle_real_in[62]=30'd51451    ;
twiddle_real_in[63]=30'd25733    ;
twiddle_real_in[64]=30'd0      	 ;
twiddle_real_in[65]=-30'd25733   ;
twiddle_real_in[66]=-30'd51451   ;
twiddle_real_in[67]=-30'd77138   ;
twiddle_real_in[68]=-30'd102778  ;
twiddle_real_in[69]=-30'd128357  ;
twiddle_real_in[70]=-30'd153858  ;
twiddle_real_in[71]=-30'd179267  ;
twiddle_real_in[72]=-30'd204567  ;
twiddle_real_in[73]=-30'd229744  ;
twiddle_real_in[74]=-30'd254783  ;
twiddle_real_in[75]=-30'd279669  ;
twiddle_real_in[76]=-30'd304386  ;
twiddle_real_in[77]=-30'd328919  ;
twiddle_real_in[78]=-30'd353255  ;
twiddle_real_in[79]=-30'd377377  ;
twiddle_real_in[80]=-30'd401273  ;
twiddle_real_in[81]=-30'd424926  ;
twiddle_real_in[82]=-30'd448324  ;
twiddle_real_in[83]=-30'd471452  ;
twiddle_real_in[84]=-30'd494295  ;
twiddle_real_in[85]=-30'd516841  ;
twiddle_real_in[86]=-30'd539076  ;
twiddle_real_in[87]=-30'd560986  ;
twiddle_real_in[88]=-30'd582558  ;
twiddle_real_in[89]=-30'd603779  ;
twiddle_real_in[90]=-30'd624636  ;
twiddle_real_in[91]=-30'd645117  ;
twiddle_real_in[92]=-30'd665210  ;
twiddle_real_in[93]=-30'd684901  ;
twiddle_real_in[94]=-30'd704181  ;
twiddle_real_in[95]=-30'd723036  ;
twiddle_real_in[96]=-30'd741455  ;
twiddle_real_in[97]=-30'd759428  ;
twiddle_real_in[98]=-30'd776944  ;
twiddle_real_in[99]=-30'd793991  ;
twiddle_real_in[100]=-30'd810560  ;
twiddle_real_in[101]=-30'd826641  ;
twiddle_real_in[102]=-30'd842224  ;
twiddle_real_in[103]=-30'd857300  ;
twiddle_real_in[104]=-30'd871859  ;
twiddle_real_in[105]=-30'd885893  ;
twiddle_real_in[106]=-30'd899394  ;
twiddle_real_in[107]=-30'd912352  ;
twiddle_real_in[108]=-30'd924761  ;
twiddle_real_in[109]=-30'd936614  ;
twiddle_real_in[110]=-30'd947901  ;
twiddle_real_in[111]=-30'd958618  ;
twiddle_real_in[112]=-30'd968758  ;
twiddle_real_in[113]=-30'd978314  ;
twiddle_real_in[114]=-30'd987281  ;
twiddle_real_in[115]=-30'd995652  ;
twiddle_real_in[116]=-30'd1003425 ;
twiddle_real_in[117]=-30'd1010592 ;
twiddle_real_in[118]=-30'd1017151 ;
twiddle_real_in[119]=-30'd1023098 ;
twiddle_real_in[120]=-30'd1028428 ;
twiddle_real_in[121]=-30'd1033138 ;
twiddle_real_in[122]=-30'd1037227 ;
twiddle_real_in[123]=-30'd1040690 ;
twiddle_real_in[124]=-30'd1043527 ;
twiddle_real_in[125]=-30'd1045735 ;
twiddle_real_in[126]=-30'd1047313 ;
twiddle_real_in[127]=-30'd1048260 ;


twiddle_imag_in[0]=30'd0;
twiddle_imag_in[1]=-30'd25733;
twiddle_imag_in[2]=-30'd51451;
twiddle_imag_in[3]=-30'd77138;
twiddle_imag_in[4]=-30'd102778;
twiddle_imag_in[5]=-30'd128357;
twiddle_imag_in[6]=-30'd153858;
twiddle_imag_in[7]=-30'd179267;
twiddle_imag_in[8]=-30'd204567;
twiddle_imag_in[9]=-30'd229744;
twiddle_imag_in[10]=-30'd254783;
twiddle_imag_in[11]=-30'd279669;
twiddle_imag_in[12]=-30'd304386;
twiddle_imag_in[13]=-30'd328919;
twiddle_imag_in[14]=-30'd353255;
twiddle_imag_in[15]=-30'd377377;
twiddle_imag_in[16]=-30'd401273;
twiddle_imag_in[17]=-30'd424926;
twiddle_imag_in[18]=-30'd448324;
twiddle_imag_in[19]=-30'd471452;
twiddle_imag_in[20]=-30'd494295;
twiddle_imag_in[21]=-30'd516841;
twiddle_imag_in[22]=-30'd539076;
twiddle_imag_in[23]=-30'd560986;
twiddle_imag_in[24]=-30'd582558;
twiddle_imag_in[25]=-30'd603779;
twiddle_imag_in[26]=-30'd624636;
twiddle_imag_in[27]=-30'd645117;
twiddle_imag_in[28]=-30'd665210;
twiddle_imag_in[29]=-30'd684901;
twiddle_imag_in[30]=-30'd704181;
twiddle_imag_in[31]=-30'd723036;
twiddle_imag_in[32]=-30'd741455;
twiddle_imag_in[33]=-30'd759428;
twiddle_imag_in[34]=-30'd776944;
twiddle_imag_in[35]=-30'd793991;
twiddle_imag_in[36]=-30'd810560;
twiddle_imag_in[37]=-30'd826641;
twiddle_imag_in[38]=-30'd842224;
twiddle_imag_in[39]=-30'd857300;
twiddle_imag_in[40]=-30'd871859;
twiddle_imag_in[41]=-30'd885893;
twiddle_imag_in[42]=-30'd899394;
twiddle_imag_in[43]=-30'd912352;
twiddle_imag_in[44]=-30'd924761;
twiddle_imag_in[45]=-30'd936614;
twiddle_imag_in[46]=-30'd947901;
twiddle_imag_in[47]=-30'd958618;
twiddle_imag_in[48]=-30'd968758;
twiddle_imag_in[49]=-30'd978314;
twiddle_imag_in[50]=-30'd987281;
twiddle_imag_in[51]=-30'd995652;
twiddle_imag_in[52]=-30'd1003425;
twiddle_imag_in[53]=-30'd1010592;
twiddle_imag_in[54]=-30'd1017151;
twiddle_imag_in[55]=-30'd1023098;
twiddle_imag_in[56]=-30'd1028428;
twiddle_imag_in[57]=-30'd1033138;
twiddle_imag_in[58]=-30'd1037227;
twiddle_imag_in[59]=-30'd1040690;
twiddle_imag_in[60]=-30'd1043527;
twiddle_imag_in[61]=-30'd1045735;
twiddle_imag_in[62]=-30'd1047313;
twiddle_imag_in[63]=-30'd1048260;
twiddle_imag_in[64]=-30'd1048576;
twiddle_imag_in[65]=-30'd1048260;
twiddle_imag_in[66]=-30'd1047313;
twiddle_imag_in[67]=-30'd1045735;
twiddle_imag_in[68]=-30'd1043527;
twiddle_imag_in[69]=-30'd1040690;
twiddle_imag_in[70]=-30'd1037227;
twiddle_imag_in[71]=-30'd1033138;
twiddle_imag_in[72]=-30'd1028428;
twiddle_imag_in[73]=-30'd1023098;
twiddle_imag_in[74]=-30'd1017151;
twiddle_imag_in[75]=-30'd1010592;
twiddle_imag_in[76]=-30'd1003425;
twiddle_imag_in[77]=-30'd995652;
twiddle_imag_in[78]=-30'd987281;
twiddle_imag_in[79]=-30'd978314;
twiddle_imag_in[80]=-30'd968758;
twiddle_imag_in[81]=-30'd958618;
twiddle_imag_in[82]=-30'd947901;
twiddle_imag_in[83]=-30'd936614;
twiddle_imag_in[84]=-30'd924761;
twiddle_imag_in[85]=-30'd912352;
twiddle_imag_in[86]=-30'd899394;
twiddle_imag_in[87]=-30'd885893;
twiddle_imag_in[88]=-30'd871859;
twiddle_imag_in[89]=-30'd857300;
twiddle_imag_in[90]=-30'd842224;
twiddle_imag_in[91]=-30'd826641;
twiddle_imag_in[92]=-30'd810560;
twiddle_imag_in[93]=-30'd793991;
twiddle_imag_in[94]=-30'd776944;
twiddle_imag_in[95]=-30'd759428;
twiddle_imag_in[96]=-30'd741455;
twiddle_imag_in[97]=-30'd723036;
twiddle_imag_in[98]=-30'd704181;
twiddle_imag_in[99]=-30'd684901;
twiddle_imag_in[100]=-30'd665210;
twiddle_imag_in[101]=-30'd645117;
twiddle_imag_in[102]=-30'd624636;
twiddle_imag_in[103]=-30'd603779;
twiddle_imag_in[104]=-30'd582558;
twiddle_imag_in[105]=-30'd560986;
twiddle_imag_in[106]=-30'd539076;
twiddle_imag_in[107]=-30'd516841;
twiddle_imag_in[108]=-30'd494295;
twiddle_imag_in[109]=-30'd471452;
twiddle_imag_in[110]=-30'd448324;
twiddle_imag_in[111]=-30'd424926;
twiddle_imag_in[112]=-30'd401273;
twiddle_imag_in[113]=-30'd377377;
twiddle_imag_in[114]=-30'd353255;
twiddle_imag_in[115]=-30'd328919;
twiddle_imag_in[116]=-30'd304386;
twiddle_imag_in[117]=-30'd279669;
twiddle_imag_in[118]=-30'd254783;
twiddle_imag_in[119]=-30'd229744;
twiddle_imag_in[120]=-30'd204567;
twiddle_imag_in[121]=-30'd179267;
twiddle_imag_in[122]=-30'd153858;
twiddle_imag_in[123]=-30'd128357;
twiddle_imag_in[124]=-30'd102778;
twiddle_imag_in[125]=-30'd77138;
twiddle_imag_in[126]=-30'd51451;
twiddle_imag_in[127]=-30'd25733;
end
else begin

twiddle_real_in[0]=30'd1048576;
twiddle_real_in[1]=30'd1048260;
twiddle_real_in[2]=30'd1047313;
twiddle_real_in[3]=30'd1045735;
twiddle_real_in[4]=30'd1043527;
twiddle_real_in[5]=30'd1040690;
twiddle_real_in[6]=30'd1037227;
twiddle_real_in[7]=30'd1033138;
twiddle_real_in[8]=30'd1028428;
twiddle_real_in[9]=30'd1023098;
twiddle_real_in[10]=30'd1017151  ;
twiddle_real_in[11]=30'd1010592  ;
twiddle_real_in[12]=30'd1003425  ;
twiddle_real_in[13]=30'd995652   ;
twiddle_real_in[14]=30'd987281   ;
twiddle_real_in[15]=30'd978314   ;
twiddle_real_in[16]=30'd968758   ;
twiddle_real_in[17]=30'd958618   ;
twiddle_real_in[18]=30'd947901   ;
twiddle_real_in[19]=30'd936614   ;
twiddle_real_in[20]=30'd924761   ;
twiddle_real_in[21]=30'd912352   ;
twiddle_real_in[22]=30'd899394   ;
twiddle_real_in[23]=30'd885893   ;
twiddle_real_in[24]=30'd871859   ;
twiddle_real_in[25]=30'd857300   ;
twiddle_real_in[26]=30'd842224   ;
twiddle_real_in[27]=30'd826641   ;
twiddle_real_in[28]=30'd810560   ;
twiddle_real_in[29]=30'd793991   ;
twiddle_real_in[30]=30'd776944   ;
twiddle_real_in[31]=30'd759428   ;
twiddle_real_in[32]=30'd741455   ;
twiddle_real_in[33]=30'd723036   ;
twiddle_real_in[34]=30'd704181   ;
twiddle_real_in[35]=30'd684901   ;
twiddle_real_in[36]=30'd665210   ;
twiddle_real_in[37]=30'd645117   ;
twiddle_real_in[38]=30'd624636   ;
twiddle_real_in[39]=30'd603779   ;
twiddle_real_in[40]=30'd582558   ;
twiddle_real_in[41]=30'd560986   ;
twiddle_real_in[42]=30'd539076   ;
twiddle_real_in[43]=30'd516841   ;
twiddle_real_in[44]=30'd494295   ;
twiddle_real_in[45]=30'd471452   ;
twiddle_real_in[46]=30'd448324   ;
twiddle_real_in[47]=30'd424926   ;
twiddle_real_in[48]=30'd401273   ;
twiddle_real_in[49]=30'd377377   ;
twiddle_real_in[50]=30'd353255   ;
twiddle_real_in[51]=30'd328919   ;
twiddle_real_in[52]=30'd304386   ;
twiddle_real_in[53]=30'd279669   ;
twiddle_real_in[54]=30'd254783   ;
twiddle_real_in[55]=30'd229744   ;
twiddle_real_in[56]=30'd204567   ;
twiddle_real_in[57]=30'd179267   ;
twiddle_real_in[58]=30'd153858   ;
twiddle_real_in[59]=30'd128357   ;
twiddle_real_in[60]=30'd102778   ;
twiddle_real_in[61]=30'd77138    ;
twiddle_real_in[62]=30'd51451    ;
twiddle_real_in[63]=30'd25733    ;
twiddle_real_in[64]=30'd0      	 ;
twiddle_real_in[65]=-30'd25733   ;
twiddle_real_in[66]=-30'd51451   ;
twiddle_real_in[67]=-30'd77138   ;
twiddle_real_in[68]=-30'd102778  ;
twiddle_real_in[69]=-30'd128357  ;
twiddle_real_in[70]=-30'd153858  ;
twiddle_real_in[71]=-30'd179267  ;
twiddle_real_in[72]=-30'd204567  ;
twiddle_real_in[73]=-30'd229744  ;
twiddle_real_in[74]=-30'd254783  ;
twiddle_real_in[75]=-30'd279669  ;
twiddle_real_in[76]=-30'd304386  ;
twiddle_real_in[77]=-30'd328919  ;
twiddle_real_in[78]=-30'd353255  ;
twiddle_real_in[79]=-30'd377377  ;
twiddle_real_in[80]=-30'd401273  ;
twiddle_real_in[81]=-30'd424926  ;
twiddle_real_in[82]=-30'd448324  ;
twiddle_real_in[83]=-30'd471452  ;
twiddle_real_in[84]=-30'd494295  ;
twiddle_real_in[85]=-30'd516841  ;
twiddle_real_in[86]=-30'd539076  ;
twiddle_real_in[87]=-30'd560986  ;
twiddle_real_in[88]=-30'd582558  ;
twiddle_real_in[89]=-30'd603779  ;
twiddle_real_in[90]=-30'd624636  ;
twiddle_real_in[91]=-30'd645117  ;
twiddle_real_in[92]=-30'd665210  ;
twiddle_real_in[93]=-30'd684901  ;
twiddle_real_in[94]=-30'd704181  ;
twiddle_real_in[95]=-30'd723036  ;
twiddle_real_in[96]=-30'd741455  ;
twiddle_real_in[97]=-30'd759428  ;
twiddle_real_in[98]=-30'd776944  ;
twiddle_real_in[99]=-30'd793991  ;
twiddle_real_in[100]=-30'd810560  ;
twiddle_real_in[101]=-30'd826641  ;
twiddle_real_in[102]=-30'd842224  ;
twiddle_real_in[103]=-30'd857300  ;
twiddle_real_in[104]=-30'd871859  ;
twiddle_real_in[105]=-30'd885893  ;
twiddle_real_in[106]=-30'd899394  ;
twiddle_real_in[107]=-30'd912352  ;
twiddle_real_in[108]=-30'd924761  ;
twiddle_real_in[109]=-30'd936614  ;
twiddle_real_in[110]=-30'd947901  ;
twiddle_real_in[111]=-30'd958618  ;
twiddle_real_in[112]=-30'd968758  ;
twiddle_real_in[113]=-30'd978314  ;
twiddle_real_in[114]=-30'd987281  ;
twiddle_real_in[115]=-30'd995652  ;
twiddle_real_in[116]=-30'd1003425 ;
twiddle_real_in[117]=-30'd1010592 ;
twiddle_real_in[118]=-30'd1017151 ;
twiddle_real_in[119]=-30'd1023098 ;
twiddle_real_in[120]=-30'd1028428 ;
twiddle_real_in[121]=-30'd1033138 ;
twiddle_real_in[122]=-30'd1037227 ;
twiddle_real_in[123]=-30'd1040690 ;
twiddle_real_in[124]=-30'd1043527 ;
twiddle_real_in[125]=-30'd1045735 ;
twiddle_real_in[126]=-30'd1047313 ;
twiddle_real_in[127]=-30'd1048260 ;


twiddle_imag_in[0]=30'd0;
twiddle_imag_in[1]=-30'd25733;
twiddle_imag_in[2]=-30'd51451;
twiddle_imag_in[3]=-30'd77138;
twiddle_imag_in[4]=-30'd102778;
twiddle_imag_in[5]=-30'd128357;
twiddle_imag_in[6]=-30'd153858;
twiddle_imag_in[7]=-30'd179267;
twiddle_imag_in[8]=-30'd204567;
twiddle_imag_in[9]=-30'd229744;
twiddle_imag_in[10]=-30'd254783;
twiddle_imag_in[11]=-30'd279669;
twiddle_imag_in[12]=-30'd304386;
twiddle_imag_in[13]=-30'd328919;
twiddle_imag_in[14]=-30'd353255;
twiddle_imag_in[15]=-30'd377377;
twiddle_imag_in[16]=-30'd401273;
twiddle_imag_in[17]=-30'd424926;
twiddle_imag_in[18]=-30'd448324;
twiddle_imag_in[19]=-30'd471452;
twiddle_imag_in[20]=-30'd494295;
twiddle_imag_in[21]=-30'd516841;
twiddle_imag_in[22]=-30'd539076;
twiddle_imag_in[23]=-30'd560986;
twiddle_imag_in[24]=-30'd582558;
twiddle_imag_in[25]=-30'd603779;
twiddle_imag_in[26]=-30'd624636;
twiddle_imag_in[27]=-30'd645117;
twiddle_imag_in[28]=-30'd665210;
twiddle_imag_in[29]=-30'd684901;
twiddle_imag_in[30]=-30'd704181;
twiddle_imag_in[31]=-30'd723036;
twiddle_imag_in[32]=-30'd741455;
twiddle_imag_in[33]=-30'd759428;
twiddle_imag_in[34]=-30'd776944;
twiddle_imag_in[35]=-30'd793991;
twiddle_imag_in[36]=-30'd810560;
twiddle_imag_in[37]=-30'd826641;
twiddle_imag_in[38]=-30'd842224;
twiddle_imag_in[39]=-30'd857300;
twiddle_imag_in[40]=-30'd871859;
twiddle_imag_in[41]=-30'd885893;
twiddle_imag_in[42]=-30'd899394;
twiddle_imag_in[43]=-30'd912352;
twiddle_imag_in[44]=-30'd924761;
twiddle_imag_in[45]=-30'd936614;
twiddle_imag_in[46]=-30'd947901;
twiddle_imag_in[47]=-30'd958618;
twiddle_imag_in[48]=-30'd968758;
twiddle_imag_in[49]=-30'd978314;
twiddle_imag_in[50]=-30'd987281;
twiddle_imag_in[51]=-30'd995652;
twiddle_imag_in[52]=-30'd1003425;
twiddle_imag_in[53]=-30'd1010592;
twiddle_imag_in[54]=-30'd1017151;
twiddle_imag_in[55]=-30'd1023098;
twiddle_imag_in[56]=-30'd1028428;
twiddle_imag_in[57]=-30'd1033138;
twiddle_imag_in[58]=-30'd1037227;
twiddle_imag_in[59]=-30'd1040690;
twiddle_imag_in[60]=-30'd1043527;
twiddle_imag_in[61]=-30'd1045735;
twiddle_imag_in[62]=-30'd1047313;
twiddle_imag_in[63]=-30'd1048260;
twiddle_imag_in[64]=-30'd1048576;
twiddle_imag_in[65]=-30'd1048260;
twiddle_imag_in[66]=-30'd1047313;
twiddle_imag_in[67]=-30'd1045735;
twiddle_imag_in[68]=-30'd1043527;
twiddle_imag_in[69]=-30'd1040690;
twiddle_imag_in[70]=-30'd1037227;
twiddle_imag_in[71]=-30'd1033138;
twiddle_imag_in[72]=-30'd1028428;
twiddle_imag_in[73]=-30'd1023098;
twiddle_imag_in[74]=-30'd1017151;
twiddle_imag_in[75]=-30'd1010592;
twiddle_imag_in[76]=-30'd1003425;
twiddle_imag_in[77]=-30'd995652;
twiddle_imag_in[78]=-30'd987281;
twiddle_imag_in[79]=-30'd978314;
twiddle_imag_in[80]=-30'd968758;
twiddle_imag_in[81]=-30'd958618;
twiddle_imag_in[82]=-30'd947901;
twiddle_imag_in[83]=-30'd936614;
twiddle_imag_in[84]=-30'd924761;
twiddle_imag_in[85]=-30'd912352;
twiddle_imag_in[86]=-30'd899394;
twiddle_imag_in[87]=-30'd885893;
twiddle_imag_in[88]=-30'd871859;
twiddle_imag_in[89]=-30'd857300;
twiddle_imag_in[90]=-30'd842224;
twiddle_imag_in[91]=-30'd826641;
twiddle_imag_in[92]=-30'd810560;
twiddle_imag_in[93]=-30'd793991;
twiddle_imag_in[94]=-30'd776944;
twiddle_imag_in[95]=-30'd759428;
twiddle_imag_in[96]=-30'd741455;
twiddle_imag_in[97]=-30'd723036;
twiddle_imag_in[98]=-30'd704181;
twiddle_imag_in[99]=-30'd684901;
twiddle_imag_in[100]=-30'd665210;
twiddle_imag_in[101]=-30'd645117;
twiddle_imag_in[102]=-30'd624636;
twiddle_imag_in[103]=-30'd603779;
twiddle_imag_in[104]=-30'd582558;
twiddle_imag_in[105]=-30'd560986;
twiddle_imag_in[106]=-30'd539076;
twiddle_imag_in[107]=-30'd516841;
twiddle_imag_in[108]=-30'd494295;
twiddle_imag_in[109]=-30'd471452;
twiddle_imag_in[110]=-30'd448324;
twiddle_imag_in[111]=-30'd424926;
twiddle_imag_in[112]=-30'd401273;
twiddle_imag_in[113]=-30'd377377;
twiddle_imag_in[114]=-30'd353255;
twiddle_imag_in[115]=-30'd328919;
twiddle_imag_in[116]=-30'd304386;
twiddle_imag_in[117]=-30'd279669;
twiddle_imag_in[118]=-30'd254783;
twiddle_imag_in[119]=-30'd229744;
twiddle_imag_in[120]=-30'd204567;
twiddle_imag_in[121]=-30'd179267;
twiddle_imag_in[122]=-30'd153858;
twiddle_imag_in[123]=-30'd128357;
twiddle_imag_in[124]=-30'd102778;
twiddle_imag_in[125]=-30'd77138;
twiddle_imag_in[126]=-30'd51451;
twiddle_imag_in[127]=-30'd25733;
end
end //end always block
endmodule